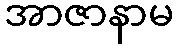
အာဇာနာမ